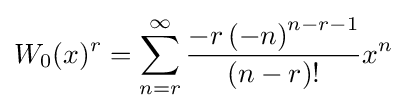
W_{0}(x)^{r}=\sum _{n=r}^{\infty }{\frac {-r\left(-n\right)^{n-r-1}}{(n-r)!}}x^{n}